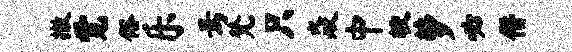
撤觉俗乐焉梵只焱中较萝必僭